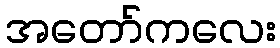
အတော်ကလေး